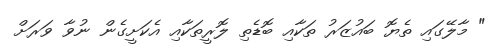
" މާލޭގައި ތެޔޮ ބައުޒަރު ތަކާއި ބޮޑެތި ލޮރީތަކާއި އެކަށީގެން ނުވާ ވަރަށް